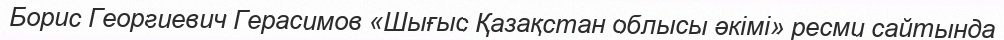
Борис Георгиевич Герасимов «Шығыс Қазақстан облысы әкімі» ресми сайтында